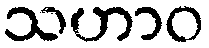
သဟာဝ